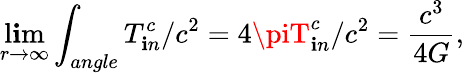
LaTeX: \operatorname*{l\mathbf{i}m}_{r\rightarrow\infty}\int_{angle}T_{\mathbf{i}n}^{c}/c^{2}=4\piT_{\mathbf{i}n}^{c}/c^{2}=\frac{{c^{3}}}{{4G}},